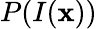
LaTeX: P(I(\mathbf x))